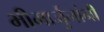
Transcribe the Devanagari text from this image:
भीमार्जुनांनी